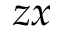
z x